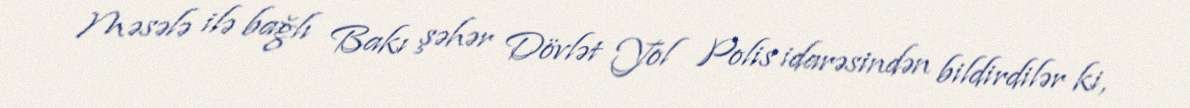
Məsələ ilə bağlı Bakı şəhər Dövlət Yol Polis idarəsindən bildirdilər ki,